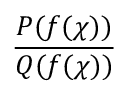
\frac { P ( f ( \chi ) ) } { Q ( f ( \chi ) ) }